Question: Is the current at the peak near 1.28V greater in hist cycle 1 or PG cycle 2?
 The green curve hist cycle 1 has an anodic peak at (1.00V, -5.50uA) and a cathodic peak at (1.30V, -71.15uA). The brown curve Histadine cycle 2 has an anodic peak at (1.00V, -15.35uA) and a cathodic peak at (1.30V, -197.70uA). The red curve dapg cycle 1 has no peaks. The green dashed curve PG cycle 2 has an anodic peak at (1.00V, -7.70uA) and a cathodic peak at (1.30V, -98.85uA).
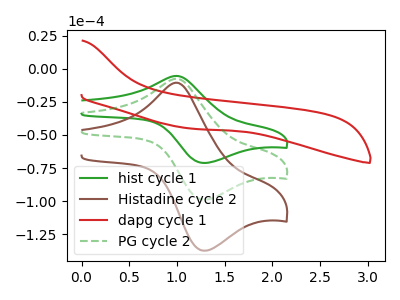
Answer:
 <answer>The peak at 1.28V is lower in "hist cycle 1" than in "PG cycle 2".</answer>
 <eval>lower</eval>